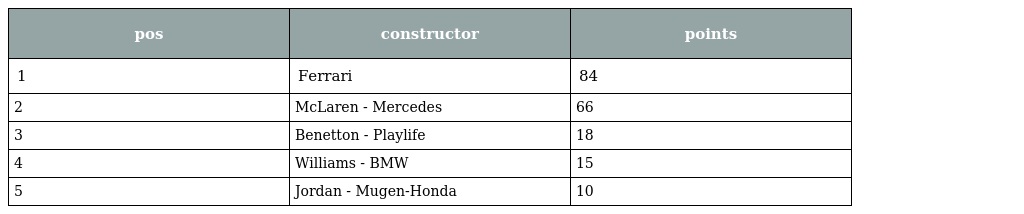
| pos | constructor | points |
 | --- | --- | --- |
 | 1 | Ferrari | 84 |
 | 2 | McLaren - Mercedes | 66 |
 | 3 | Benetton - Playlife | 18 |
 | 4 | Williams - BMW | 15 |
 | 5 | Jordan - Mugen-Honda | 10 |